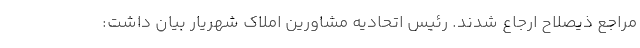
مراجع ذیصلاح ارجاع شدند. رئیس اتحادیه مشاورین املاک شهریار بیان داشت: